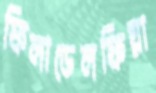
ফিলাডেলফিয়া